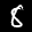
Label: 8